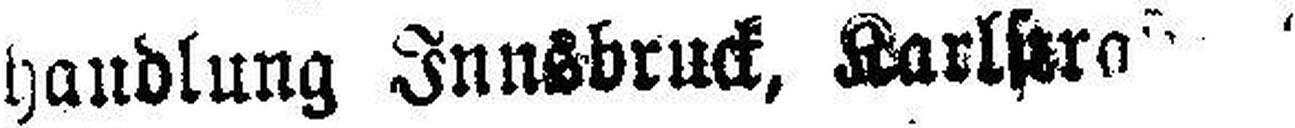
handlung Innsbruck, Karlstraße